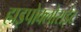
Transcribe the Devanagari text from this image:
हाइपोक्लोराईट